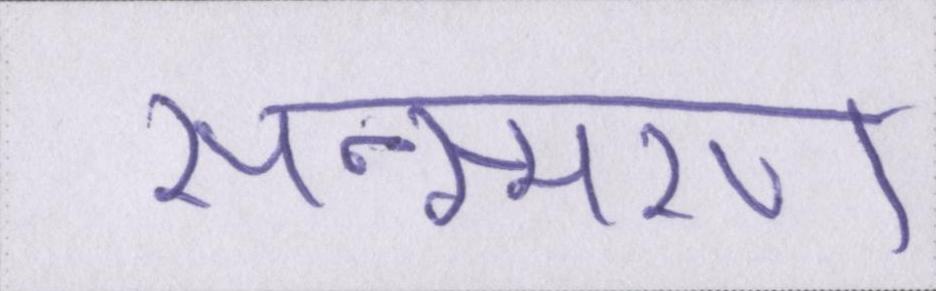
सन्स्मरण